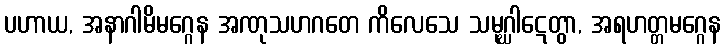
ပဟာယ, အနာဂါမိမဂ္ဂေန အဏုသဟဂတေ ကိလေသေ သမုဂ္ဃါဋေတွာ, အရဟတ္တမဂ္ဂေန